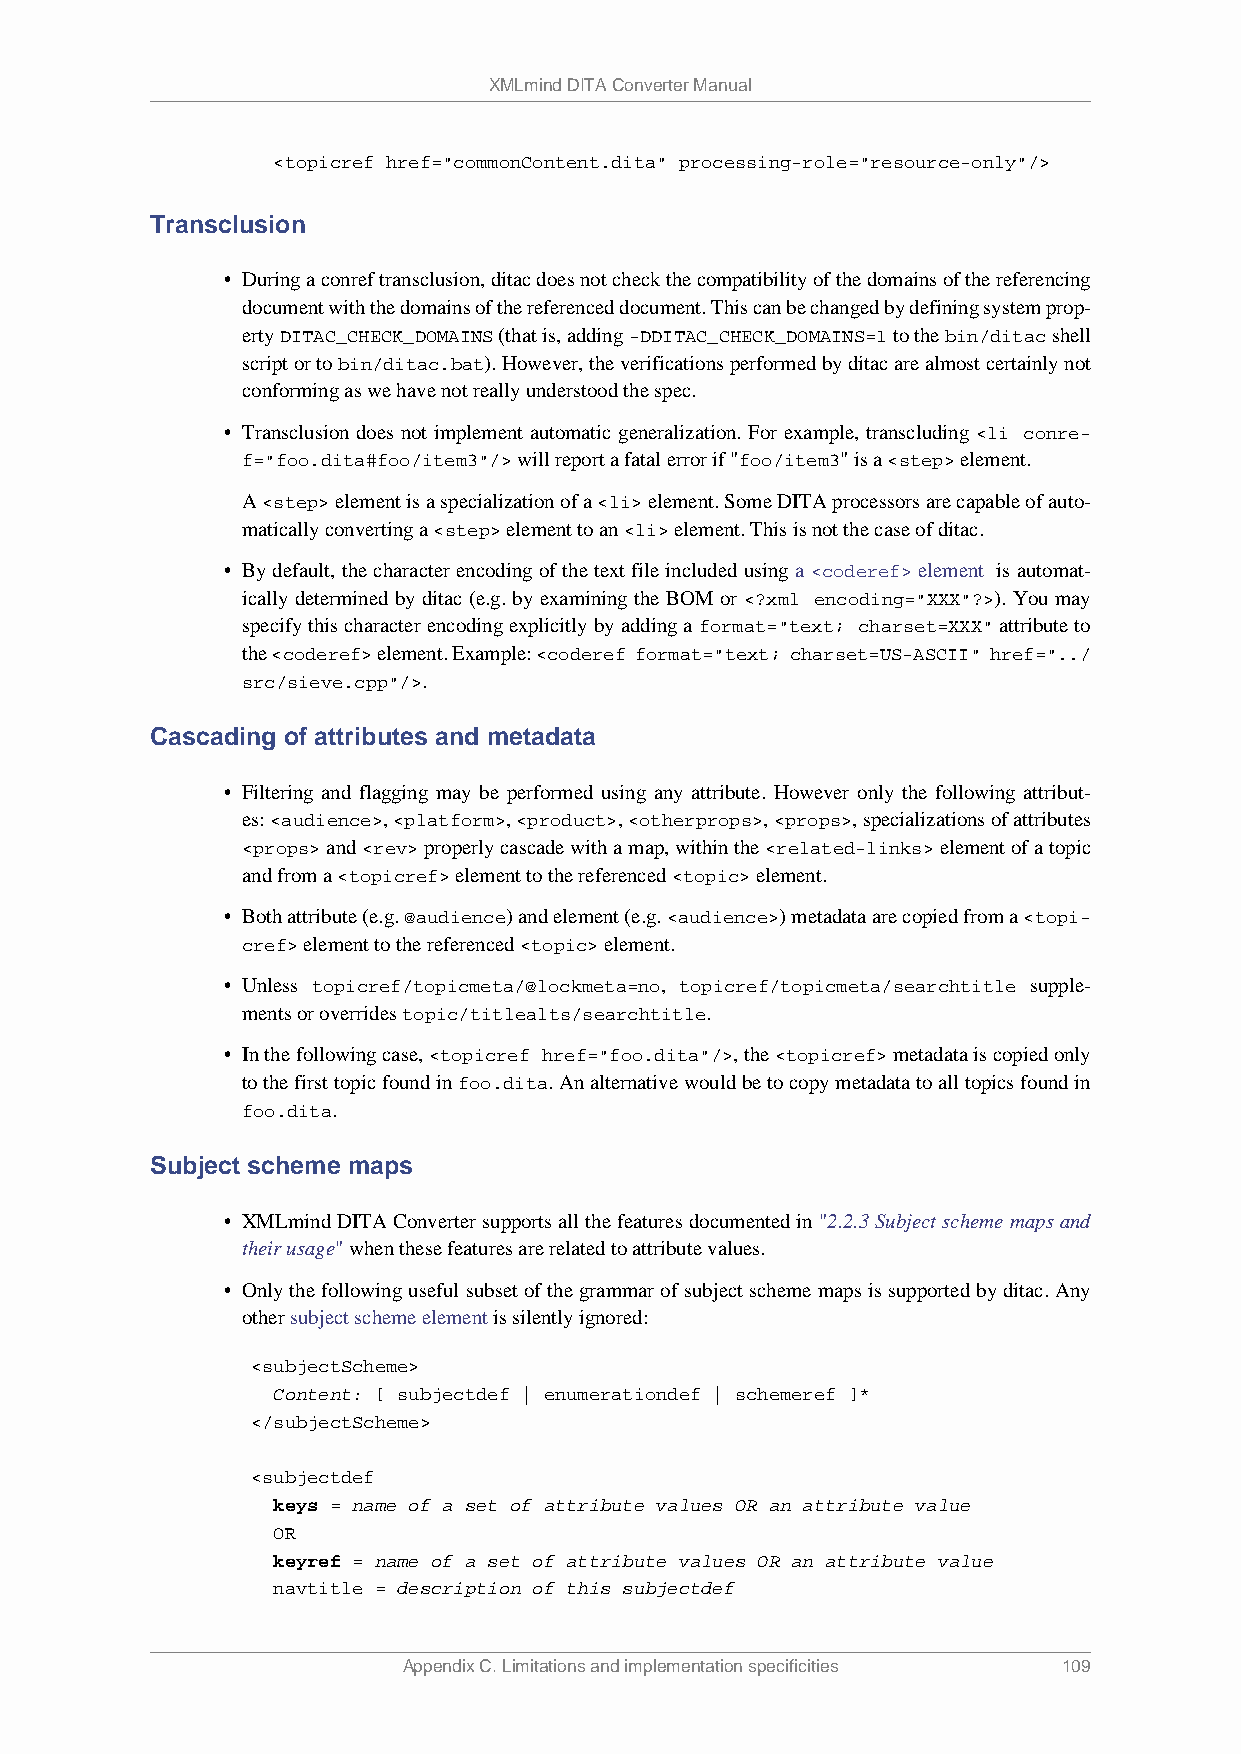
XMLmind DITA Converter Manual
 <topicref href="commonContent.dita" processing-role="resource-only"/>
 Transclusion
 • During a conref transclusion, ditac does not check the compatibility of the domains of the referencing
 document with the domains of the referenced document. This can be changed by defining system prop-
 erty DITAC_CHECK_DOMAINS (that is, adding -DDITAC_CHECK_DOMAINS=1 to the bin/ditac shell
 script or to bin/ditac.bat). However, the verifications performed by ditac are almost certainly not
 conforming as we have not really understood the spec.
 • Transclusion does not implement automatic generalization. For example, transcluding <li conre-
 f="foo.dita#foo/item3"/> will report a fatal error if "foo/item3" is a <step> element.
 A <step> element is a specialization of a <li> element. Some DITA processors are capable of auto-
 matically converting a <step> element to an <li> element. This is not the case of ditac.
 • By default, the character encoding of the text file included using a <coderef> element is automat-
 ically determined by ditac (e.g. by examining the BOM or <?xml encoding="XXX"?>). You may
 specify this character encoding explicitly by adding a format="text; charset=XXX" attribute to
 the <coderef> element. Example: <coderef format="text; charset=US-ASCII" href="../
 src/sieve.cpp"/>.
 Cascading of attributes and metadata
 • Filtering and flagging may be performed using any attribute. However only the following attribut-
 es: <audience>, <platform>, <product>, <otherprops>, <props>, specializations of attributes
 <props> and <rev> properly cascade with a map, within the <related-links> element of a topic
 and from a <topicref> element to the referenced <topic> element.
 • Both attribute (e.g. @audience) and element (e.g. <audience>) metadata are copied from a <topi-
 cref> element to the referenced <topic> element.
 • Unless topicref/topicmeta/@lockmeta=no, topicref/topicmeta/searchtitle supple-
 ments or overrides topic/titlealts/searchtitle.
 • In the following case, <topicref href="foo.dita"/>, the <topicref> metadata is copied only
 to the first topic found in foo.dita. An alternative would be to copy metadata to all topics found in
 foo.dita.
 Subject scheme maps
 • XMLmind DITA Converter supports all the features documented in "2.2.3 Subject scheme maps and
 their usage" when these features are related to attribute values.
 • Only the following useful subset of the grammar of subject scheme maps is supported by ditac. Any
 other subject scheme element is silently ignored:
 <subjectScheme>
 Content: [ subjectdef | enumerationdef | schemeref ]*
 </subjectScheme>
 <subjectdef
 keys = name of a set of attribute values OR an attribute value
 OR
 keyref = name of a set of attribute values OR an attribute value
 navtitle = description of this subjectdef
 Appendix C. Limitations and implementation specificities 109